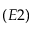
( E 2 )